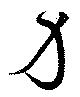
身